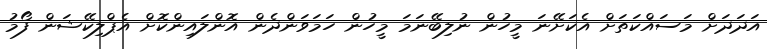
އަދަދަށް މަސައްކަތަށް އެކަށޭނަ މީހުން ނުލިބޭނަމަ މީހުން ހަމަވަންދެން އޮންލައިންކޮށް އެޕްލިކޭޝަން ފޯމު